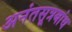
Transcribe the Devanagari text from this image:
अनंतसूत्रबांध